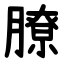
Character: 膫